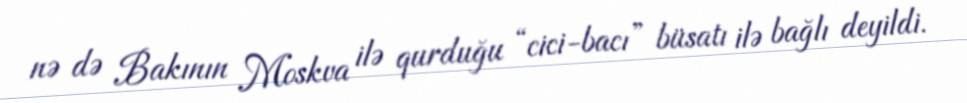
nə də Bakının Moskva ilə qurduğu “cici-bacı” büsatı ilə bağlı deyildi.